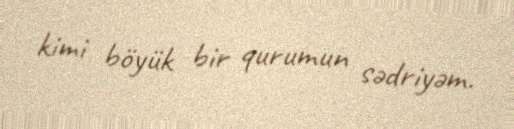
kimi böyük bir qurumun sədriyəm.